Madras plague regulations in force outside the Presidency town - Volume 5
Disease focus: Plague
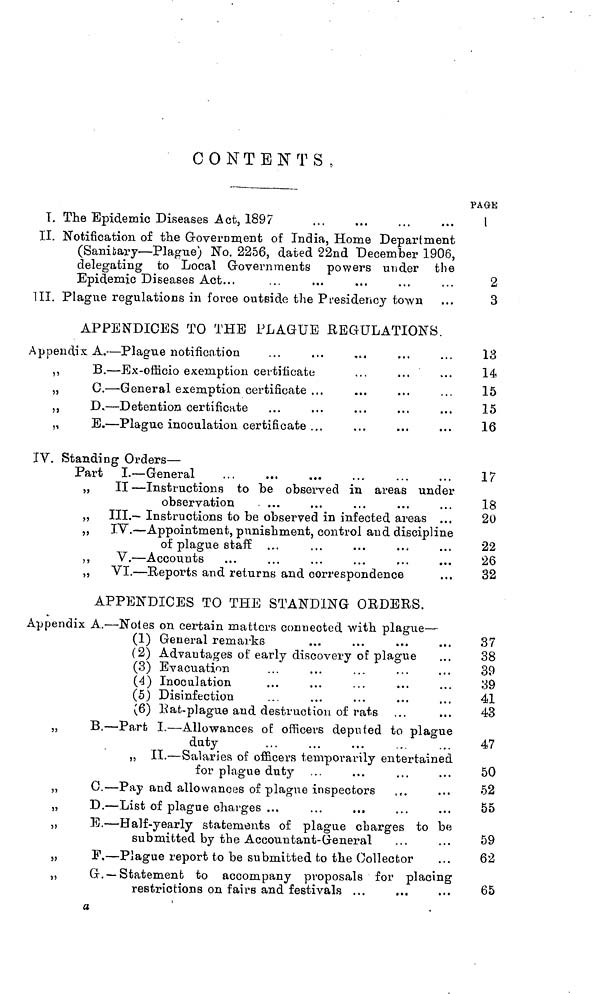
CONTENTS,
T. The Epidemic Diseases Act, 1897
II. Notification of the Government of India, Home Department
(Sanitary— Plague) No. 2256, dated 22nd December 1906,
delegating to Local Governments powers under the
Epidemic Diseases Act...
III. Plague regulations in force outside the Presidency town
APPENDICES TO THE PLAGUE REGULATIONS.
Appendix A. — Plague notification
,,
B. — Ex-officio exemption certificate
„
C. — General exemption certificate ...
„
D. — Detention certificate
,,
E. — Plague inoculation certificate ...
IV. Standing Orders —
Part I. — General
„
II — Instructions to be observed in areas under
observation
„ III.— Instructions to be observed in infected areas ...
„ IV. — Appointment, punishment, control aud discipline
of plague staff ..,
„
V. — Accounts
„ VI. — Reports and returns and correspondence
APPENDICES TO THE STANDING ORDERS.
Appendix A. — Notes on certain matters connected with plague —
(1) General remarks
(2) Advantages of early discovery of plague
(3) Evacuation
(4) Inoculation
(5) Disinfection
(6) Rat-plague and destruction of rats
,,
B. — Part I. — Allowances of officers deputed to plague
duty
,, II. — Salaries of officers temporarily entertained
for plague duty
,,
C. — Pay and allowances of plague inspectors
„
D. — List of plague charges ...
„
E. — Half-yearly statements of plague charges to be
submitted by the Accountant- General
„
F. — Plague report to be submitted to the Collector
,,
G. — Statement to accompany proposals for placing
restrictions on fairs and festivals ...
a
PAGE
1
2
3
13
14
15
15
16
17
18
20
22
26
32
37
38
30
39
41
43
47
50
52
55
59
62
65